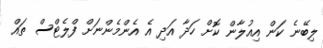
ލިބޭނެ ކަން އިއުލާން ކޮށް ހަދާ އަދި އެ އެންމެންނަށް ފްލެޓްސް ތައް